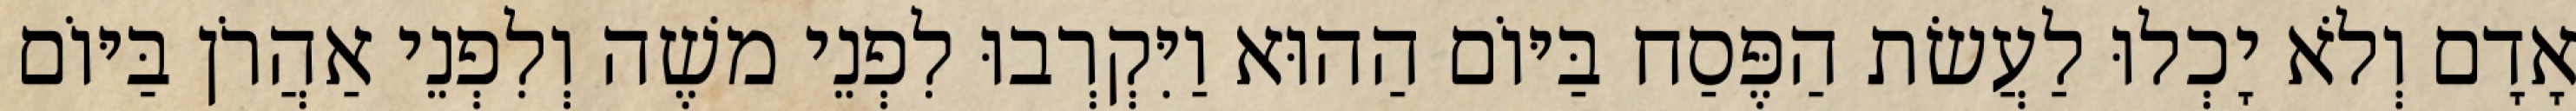
אָדָם וְלֹא יָכְלוּ לַעֲשׂת הַפֶּסַח בַּיּוֹם הַהוּא וַיִּקְרְבוּ לִפְנֵי משֶׁה וְלִפְנֵי אַהֲרֹן בַּיּוֹם